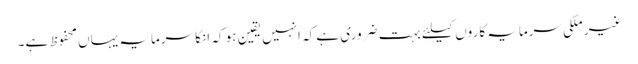
غیر ملکی سرمایہ کاروں کیلئے بہت ضروری ہے کہ انہیں یقین ہو کہ انکا سرمایہ یہاں محفوظ ہے۔